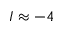
I \approx - 4